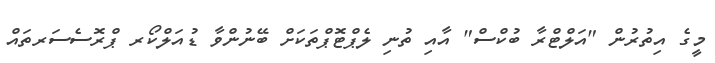
މީގެ އިތުރުން "އަލްޓްރާ ބުކްސް" އާއި ތުނި ލެޕްޓޮޕްތަކަށް ބޭނުންވާ ޑުއަލްކޯރ ޕްރޮސެސަރތައް